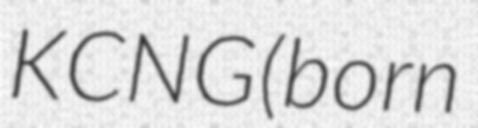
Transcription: KCNG (born